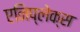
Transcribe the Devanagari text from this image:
एनिप्लेक्स